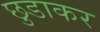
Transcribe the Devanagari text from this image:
छुडाकर